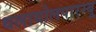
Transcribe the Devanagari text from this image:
थलायोलपारम्बू